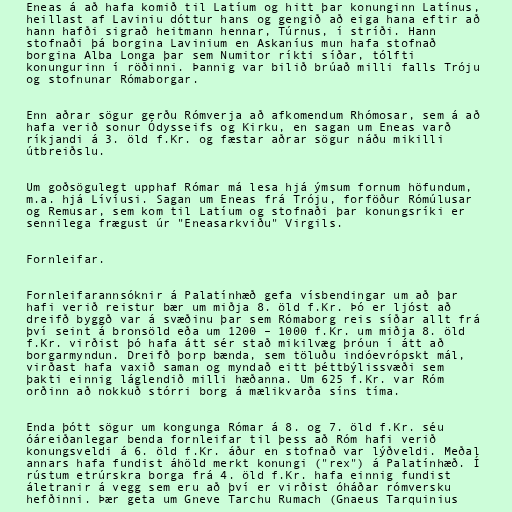
Eneas á að hafa komið til Latíum og hitt þar konunginn Latínus,
heillast af Laviniu dóttur hans og gengið að eiga hana eftir að
hann hafði sigrað heitmann hennar, Túrnus, í stríði. Hann
stofnaði þá borgina Lavinium en Askaníus mun hafa stofnað
borgina Alba Longa þar sem Numitor ríkti síðar, tólfti
konungurinn í röðinni. Þannig var bilið brúað milli falls Tróju
og stofnunar Rómaborgar.

Enn aðrar sögur gerðu Rómverja að afkomendum Rhómosar, sem á að
hafa verið sonur Ódysseifs og Kirku, en sagan um Eneas varð
ríkjandi á 3. öld f.Kr. og fæstar aðrar sögur náðu mikilli
útbreiðslu.

Um goðsögulegt upphaf Rómar má lesa hjá ýmsum fornum höfundum,
m.a. hjá Lívíusi. Sagan um Eneas frá Tróju, forföður Rómúlusar
og Remusar, sem kom til Latíum og stofnaði þar konungsríki er
sennilega frægust úr "Eneasarkviðu" Virgils.

Fornleifar.

Fornleifarannsóknir á Palatínhæð gefa vísbendingar um að þar
hafi verið reistur bær um miðja 8. öld f.Kr. Þó er ljóst að
dreifð byggð var á svæðinu þar sem Rómaborg reis síðar allt frá
því seint á bronsöld eða um 1200 – 1000 f.Kr. um miðja 8. öld
f.Kr. virðist þó hafa átt sér stað mikilvæg þróun í átt að
borgarmyndun. Dreifð þorp bænda, sem töluðu indóevrópskt mál,
virðast hafa vaxið saman og myndað eitt þéttbýlissvæði sem
þakti einnig láglendið milli hæðanna. Um 625 f.Kr. var Róm
orðinn að nokkuð stórri borg á mælikvarða síns tíma.

Enda þótt sögur um kongunga Rómar á 8. og 7. öld f.Kr. séu
óáreiðanlegar benda fornleifar til þess að Róm hafi verið
konungsveldi á 6. öld f.Kr. áður en stofnað var lýðveldi. Meðal
annars hafa fundist áhöld merkt konungi ("rex") á Palatínhæð. Í
rústum etrúrskra borga frá 4. öld f.Kr. hafa einnig fundist
áletranir á vegg sem eru að því er virðist óháðar rómversku
hefðinni. Þær geta um Gneve Tarchu Rumach (Gnaeus Tarquinius